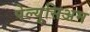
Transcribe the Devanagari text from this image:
पेल्युसिअम